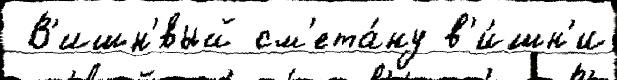
 В'ишн'́вый см'ета́ну в'и́шн'и